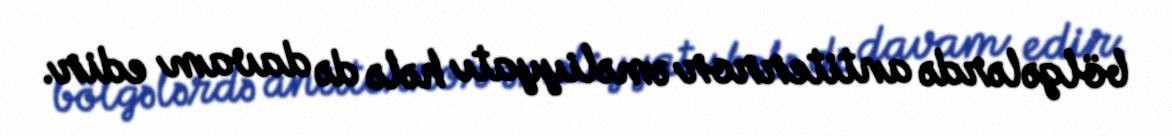
bölgələrdə antiterror əməliyyatı hələ də davam edir.